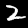
Digit: 2